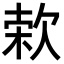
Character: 𣣙